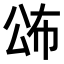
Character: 𭁍